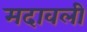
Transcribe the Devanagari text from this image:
मदावली